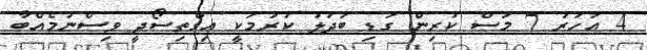
4 އަހަރު 7 މަސް ކުރިން ގަޑި ބަދަލު ކުރުމަކީ އިގްތިސޯދީ ވިސްނުމެއްބާ